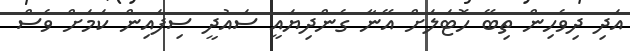
އަދި ދިވެހިން ތިބޭ ހޮޓަލަށް އޭނާ ގެންދިޔައީ ސައުދީ ސިފައިން ކަމަށް ވެސް